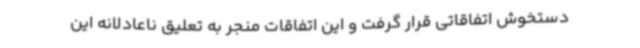
دستخوش اتفاقاتی قرار گرفت و این اتفاقات منجر به تعلیق ناعادلانه این